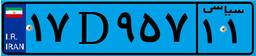
۷۸D۳۸۲۵۹